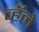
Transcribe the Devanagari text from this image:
व्हॅले